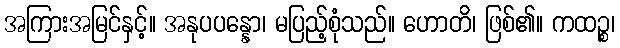
အကြားအမြင်နှင့်။ အနုပပန္နော၊ မပြည့်စုံသည်။ ဟောတိ၊ ဖြစ်၏။ ကထဉ္စ၊